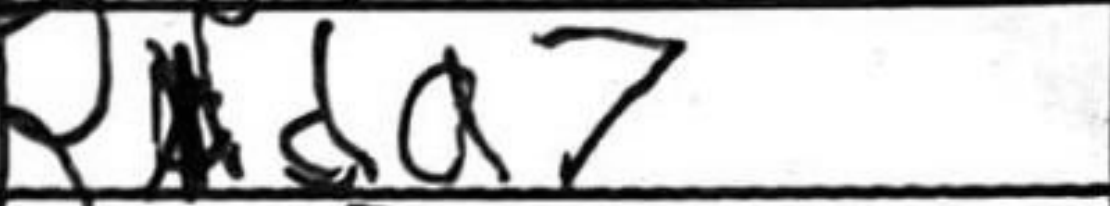
Transcription: Rda7